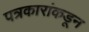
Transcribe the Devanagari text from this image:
पत्रकारांकडून